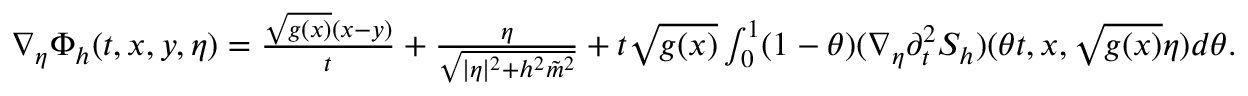
\begin{array} { r } { \nabla _ { \eta } \Phi _ { h } ( t , x , y , \eta ) = \frac { \sqrt { g ( x ) } ( x - y ) } { t } + \frac { \eta } { \sqrt { \lvert \eta \rvert ^ { 2 } + h ^ { 2 } \tilde { m } ^ { 2 } } } + t \sqrt { g ( x ) } \int _ { 0 } ^ { 1 } ( 1 - \theta ) ( \nabla _ { \eta } \partial _ { t } ^ { 2 } S _ { h } ) ( \theta t , x , \sqrt { g ( x ) } \eta ) d \theta . } \end{array}